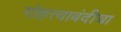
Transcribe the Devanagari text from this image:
गोहत्याबंदीचा